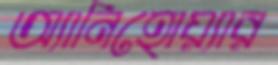
অ্যানিহোয়্যার